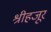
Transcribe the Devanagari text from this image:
श्रीहजूर